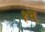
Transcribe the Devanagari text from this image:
१च